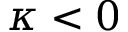
\kappa < 0